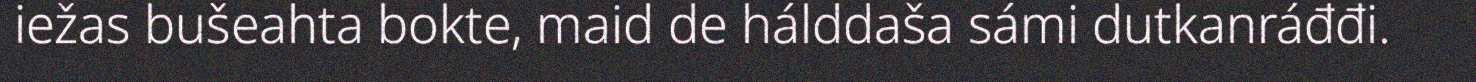
iežas bušeahta bokte, maid de hálddaša sámi dutkanráđđi.